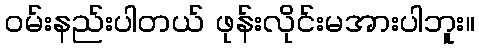
ဝမ်းနည်းပါတယ် ဖုန်းလိုင်းမအားပါဘူး။